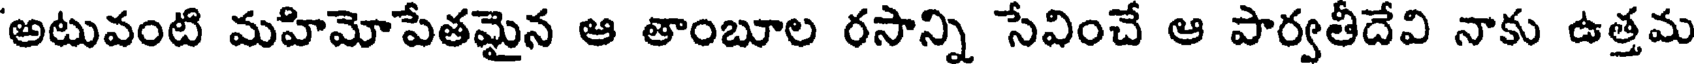
అటువంటి మహిమోపేతమైన ఆ తాంబూల రసాన్ని సేవించే ఆ పార్వతీదేవి నాకు ఉత్తమ